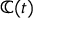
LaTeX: \mathbb { C } ( t )